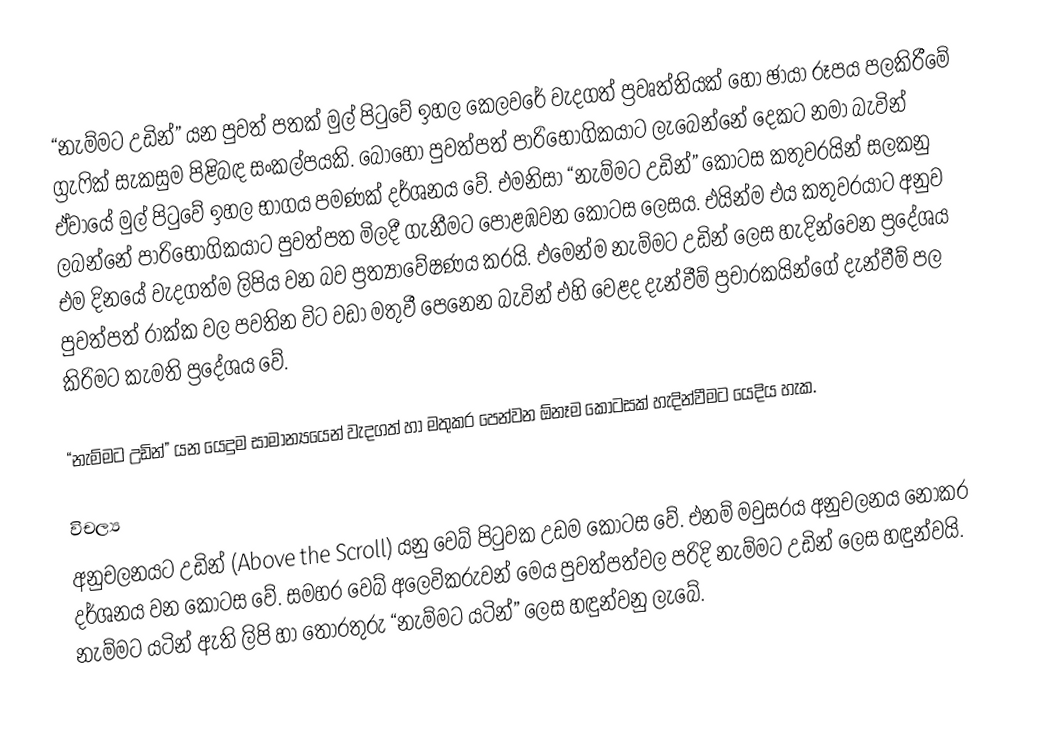
“නැම්මට උඩින්” යන පුවත් පතක් මුල් පිටුවේ ඉහල කෙලවරේ වැදගත් ප්‍රවෘත්තියක් හෝ ඡායා රූපය පලකිරීමේ ග්‍රැෆික් සැකසුම පිළිබඳ සංකල්පයකි.  බොහෝ පුවත්පත් පාරිභෝගිකයාට ලැබෙන්නේ දෙකට නමා බැවින් ඒවායේ මුල් පිටුවේ ඉහල භාගය පමණක් දර්ශනය වේ.  එමනිසා “නැම්මට උඩින්” කොටස කතුවරයින් සලකනු ලබන්නේ පාරිභෝගිකයාට පුවත්පත මිලදී ගැනීමට පොළඹවන කොටස ලෙසය.  එයින්ම එය කතුවරයාට අනුව එම දිනයේ වැදගත්ම ලිපිය වන බව ප්‍රත්‍යාවේෂණය කරයි.  එමෙන්ම නැම්මට උඩින් ලෙස හැදින්වෙන ප්‍රදේශය පුවත්පත් රාක්ක වල පවතින විට වඩා මතුවී පෙනෙන බැවින් එහි වෙළද දැන්වීම් ප්‍රචාරකයින්ගේ දැන්වීම් පල කිරිමට කැමති ප්‍රදේශය වේ.

“නැම්මට උඩින්” යන යෙදුම සාමාන්‍යයෙන් වැදගත් හා මතුකර පෙන්වන ඕනෑම කොටසක් හැදින්වීමට යෙදිය හැක.

විචල්‍ය
අනුචලනයට උඩින් (Above the Scroll) යනු වෙබ් පිටුවක උඩම කොටස වේ.  එනම් මවුසරය අනුචලනය නොකර දර්ශනය වන කොටස වේ.  සමහර වෙබ් අලෙවිකරුවන් මෙය පුවත්පත්වල පරිදි නැම්මට උඩින් ලෙස හඳුන්වයි.  නැම්මට යටින් ඇති ලිපි හා තොරතුරු “නැම්මට යටින්” ලෙස හඳුන්වනු ලැබේ.